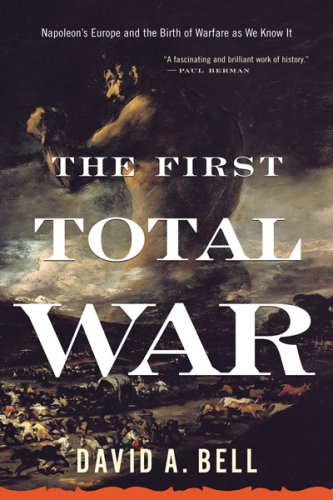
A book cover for The First Total War: Napoleon's Europe and the Birth of Warfare as We Know It; David A. Bell; History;